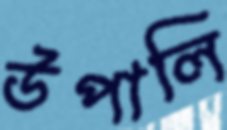
উপালি